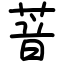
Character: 萻